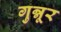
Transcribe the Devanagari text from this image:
गुन्नूर